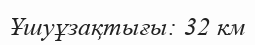
Ұшуұзақтығы: 32 км